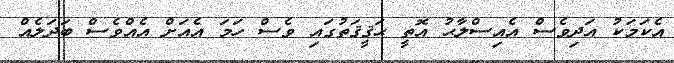
އެކަމަކު އަދިވެސް އެއިސްލާޙު އޮތީ ޙަޤީޤަތުގައި ވެސް ހަމަ އެއަށް އެއްވެސް ބަދަލެއް